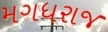
મગધરાજ